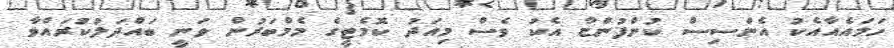
ހަމައެއާއެކު އެންސިސް ކުންފުންޏާ އެކު ވެސް މިއަދު ކޮމެޓީގެ މެމްބަރުން ވަނީ ބައްދަލުކުރައްވާ